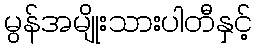
မွန်အမျိုးသားပါတီနှင့်